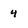
Character: 4